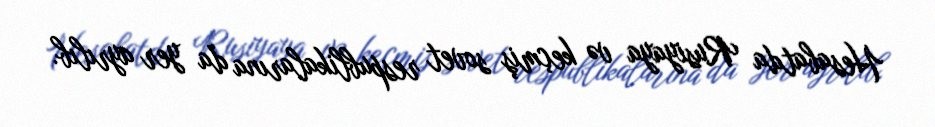
Hesabatda Rusiyaya və keçmiş sovet respublikalarına da yer ayrılıb.